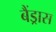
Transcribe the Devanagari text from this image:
बैंड्रास